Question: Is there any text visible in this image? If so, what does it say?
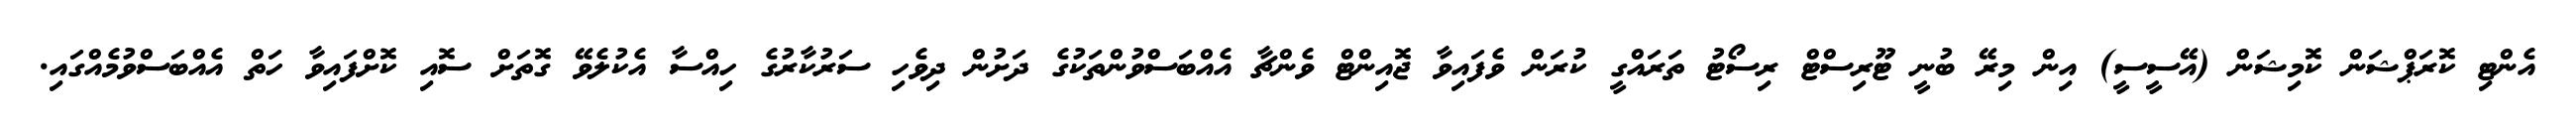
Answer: އެންޓި ކޮރަޕްޝަން ކޮމިޝަން (އޭސީސީ) އިން މިރޭ ބުނީ ޓޫރިސްޓް ރިސޯޓު ތަރައްގީ ކުރަން ވެފައިވާ ޖޮއިންޓް ވެންޗާ އެއްބަސްވުންތަކުގެ ދަށުން ދިވެހި ސަރުކާރުގެ ހިއްސާ އެކުލެވޭ ގޮތަށް ސޮއި ކޮށްފައިވާ ހަތް އެއްބަސްވުމެއްގައި.